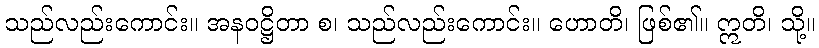
သည်လည်းကောင်း။ အနဝဋ္ဌိတာ စ၊ သည်လည်းကောင်း။ ဟောတိ၊ ဖြစ်၏။ ဣတိ၊ သို့။